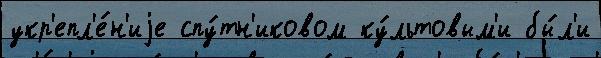
укр'епл'е́н'иjе спу́тн'иковом ку́льтовым'и бы́л'и